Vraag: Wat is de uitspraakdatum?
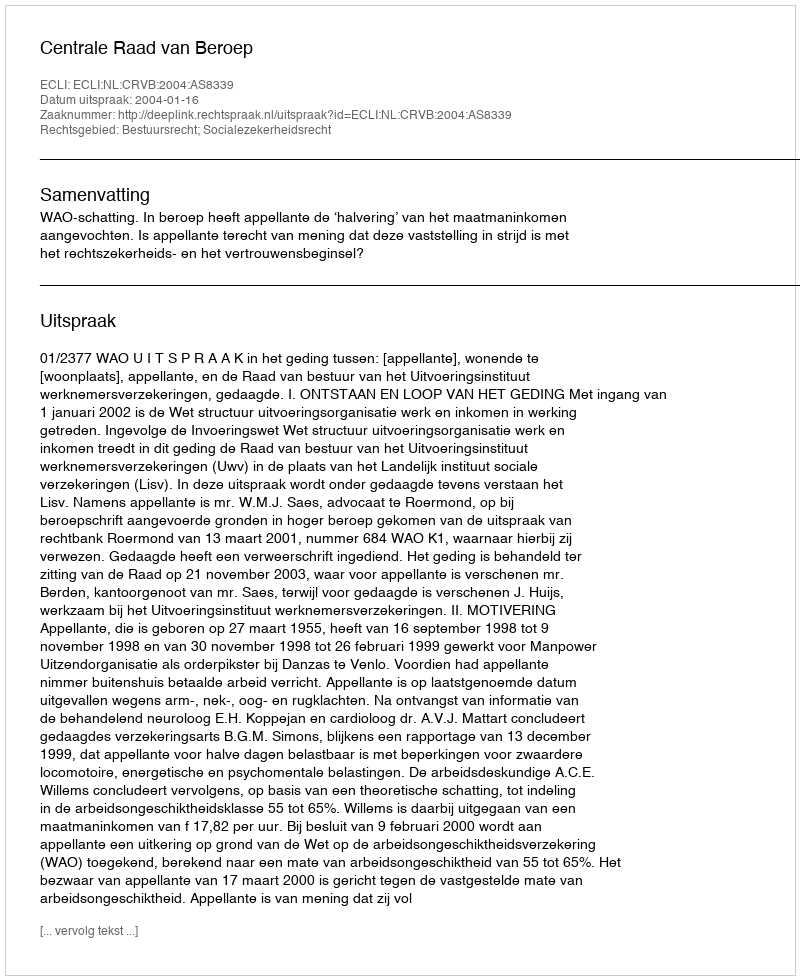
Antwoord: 2004-01-16